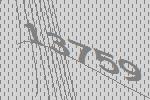
13759